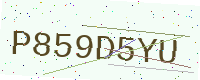
Text: P859D5YU